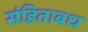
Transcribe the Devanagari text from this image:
संहिताबध